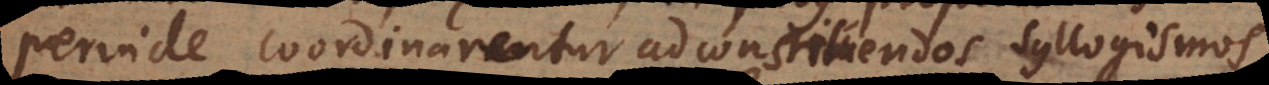
perinde coordinarentur ad constituendos syllogismos